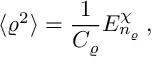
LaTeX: \langle \varrho ^ { 2 } \rangle = \frac { 1 } { C _ { \varrho } } E _ { n _ { \varrho } } ^ { \chi } \: ,